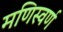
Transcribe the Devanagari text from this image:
मणिस्वर्ण